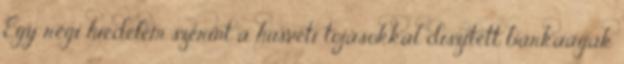
Egy régi hiedelem szerint a húsvéti tojásokkal díszített barkaágak